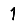
Digit: 1